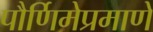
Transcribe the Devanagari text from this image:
पौर्णिमेप्रमाणे